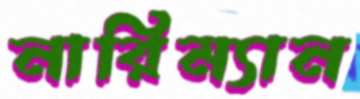
নারিম্যান